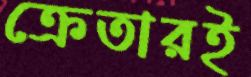
ক্রেতারই